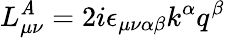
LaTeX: L_{\mu\nu}^{\mathit{A}}=2i\epsilon_{\mu\nu\alpha\beta}k^{\alpha}q^{\beta}